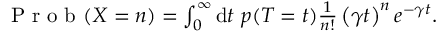
\begin{array} { r } { \mathrm { ~ P ~ r ~ o ~ b ~ } ( X = n ) = \int _ { 0 } ^ { \infty } \mathrm { d } t \ p ( T = t ) \frac { 1 } { n ! } \left( \gamma t \right) ^ { n } e ^ { - \gamma t } . } \end{array}